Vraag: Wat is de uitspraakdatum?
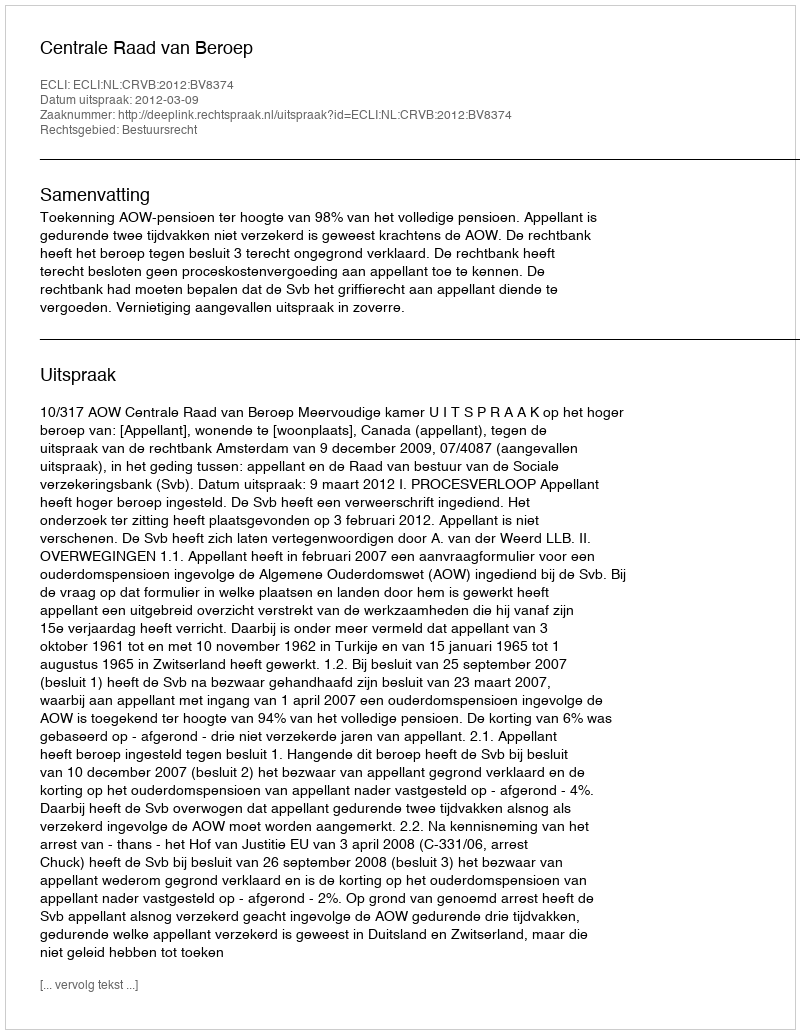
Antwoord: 2012-03-09